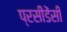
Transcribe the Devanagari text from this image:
प्रसीडेंसी